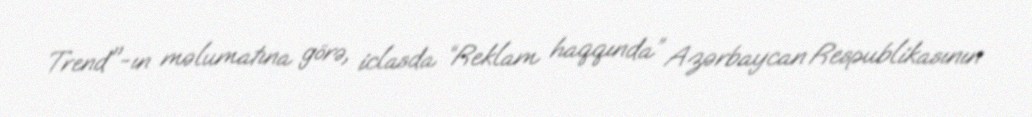
Trend"-ın məlumatına görə, iclasda “Reklam haqqında” Azərbaycan Respublikasının